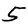
Digit: 5